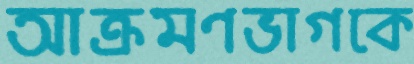
আক্রমণভাগকে